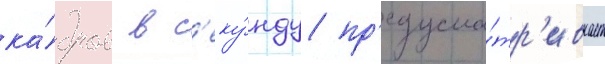
ка́дров в с'еку́нду пр'едусма́тр'ивает